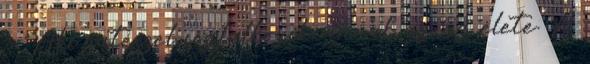
– “Aki sütéssel foglalkozik, annak az az élete. A